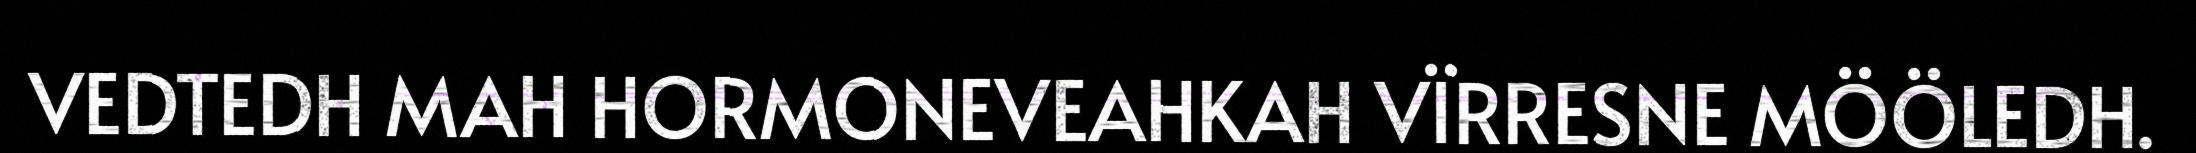
VEDTEDH MAH HORMONEVEAHKAH VÏRRESNE MÖÖLEDH.